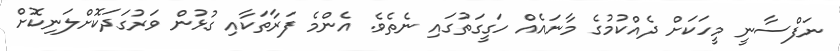
ނަފްސާނީ މީހަކަށް ދެއްކުމުގެ މާނައެއް ހަގީގަތުގައި ނެތެވެ. އެންމެ ފަރާތަކާއި ގުޅުން ވަރުގަދަކޮށްލަނިކޮށް